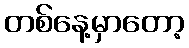
တစ်နေ့မှာတော့